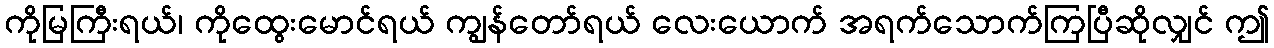
ကိုမြကြီးရယ်၊ ကိုထွေးမောင်ရယ် ကျွန်တော်ရယ် လေးယောက် အရက်သောက်ကြပြီဆိုလျှင် ဤ